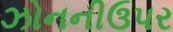
ઝોનનીઉપર